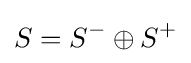
S=S^{-}\oplus S^{+}